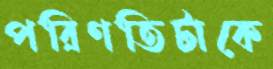
পরিণতিটাকে